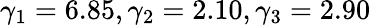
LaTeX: \gamma_{1}=6.85,\gamma_{2}=2.10,\gamma_{3}=2.90